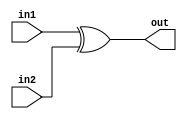
module XOR(in1, in2, out);
    input in1,in2;
    output out;
    wire in1,in2,out;
    assign out = in1 ^ in2;
endmodule

module AND(in1, in2, out);
    input in1,in2;
    output out;
    wire in1,in2,out;
    assign out = in1 & in2;
endmodule

module OR(in1, in2, out);
    input in1,in2;
    output out;
    wire in1,in2,out;
    assign out = in1 | in2;
endmodule